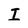
Character: I